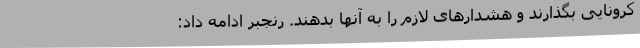
کرونایی بگذارند و هشدارهای لازم را به آنها بدهند. رنجبر ادامه داد: